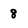
Character: 8